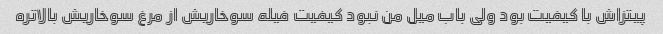
پیتزاش با کیفیت بود ولی باب میل من نبود کیفیت فیله سوخاریش از مرغ سوخاریش بالاتره